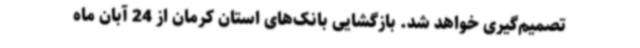
تصمیم‌گیری خواهد شد. بازگشایی بانک‌های استان کرمان از 24 آبان ماه